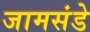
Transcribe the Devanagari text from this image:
जामसंडे